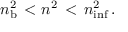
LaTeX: n _ { \mathrm { b } } ^ { 2 } \, < n ^ { 2 } \, < \, n _ { \mathrm { i n f } } ^ { 2 } \, .